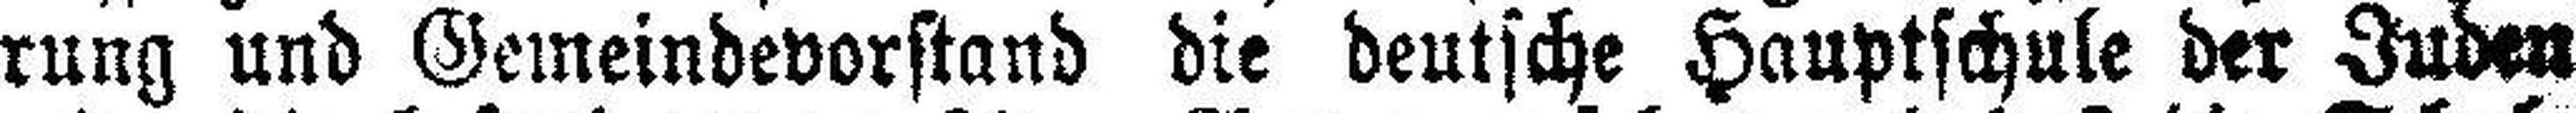
rung und Gemeindevorstand die deutsche Hauptschule der Juden